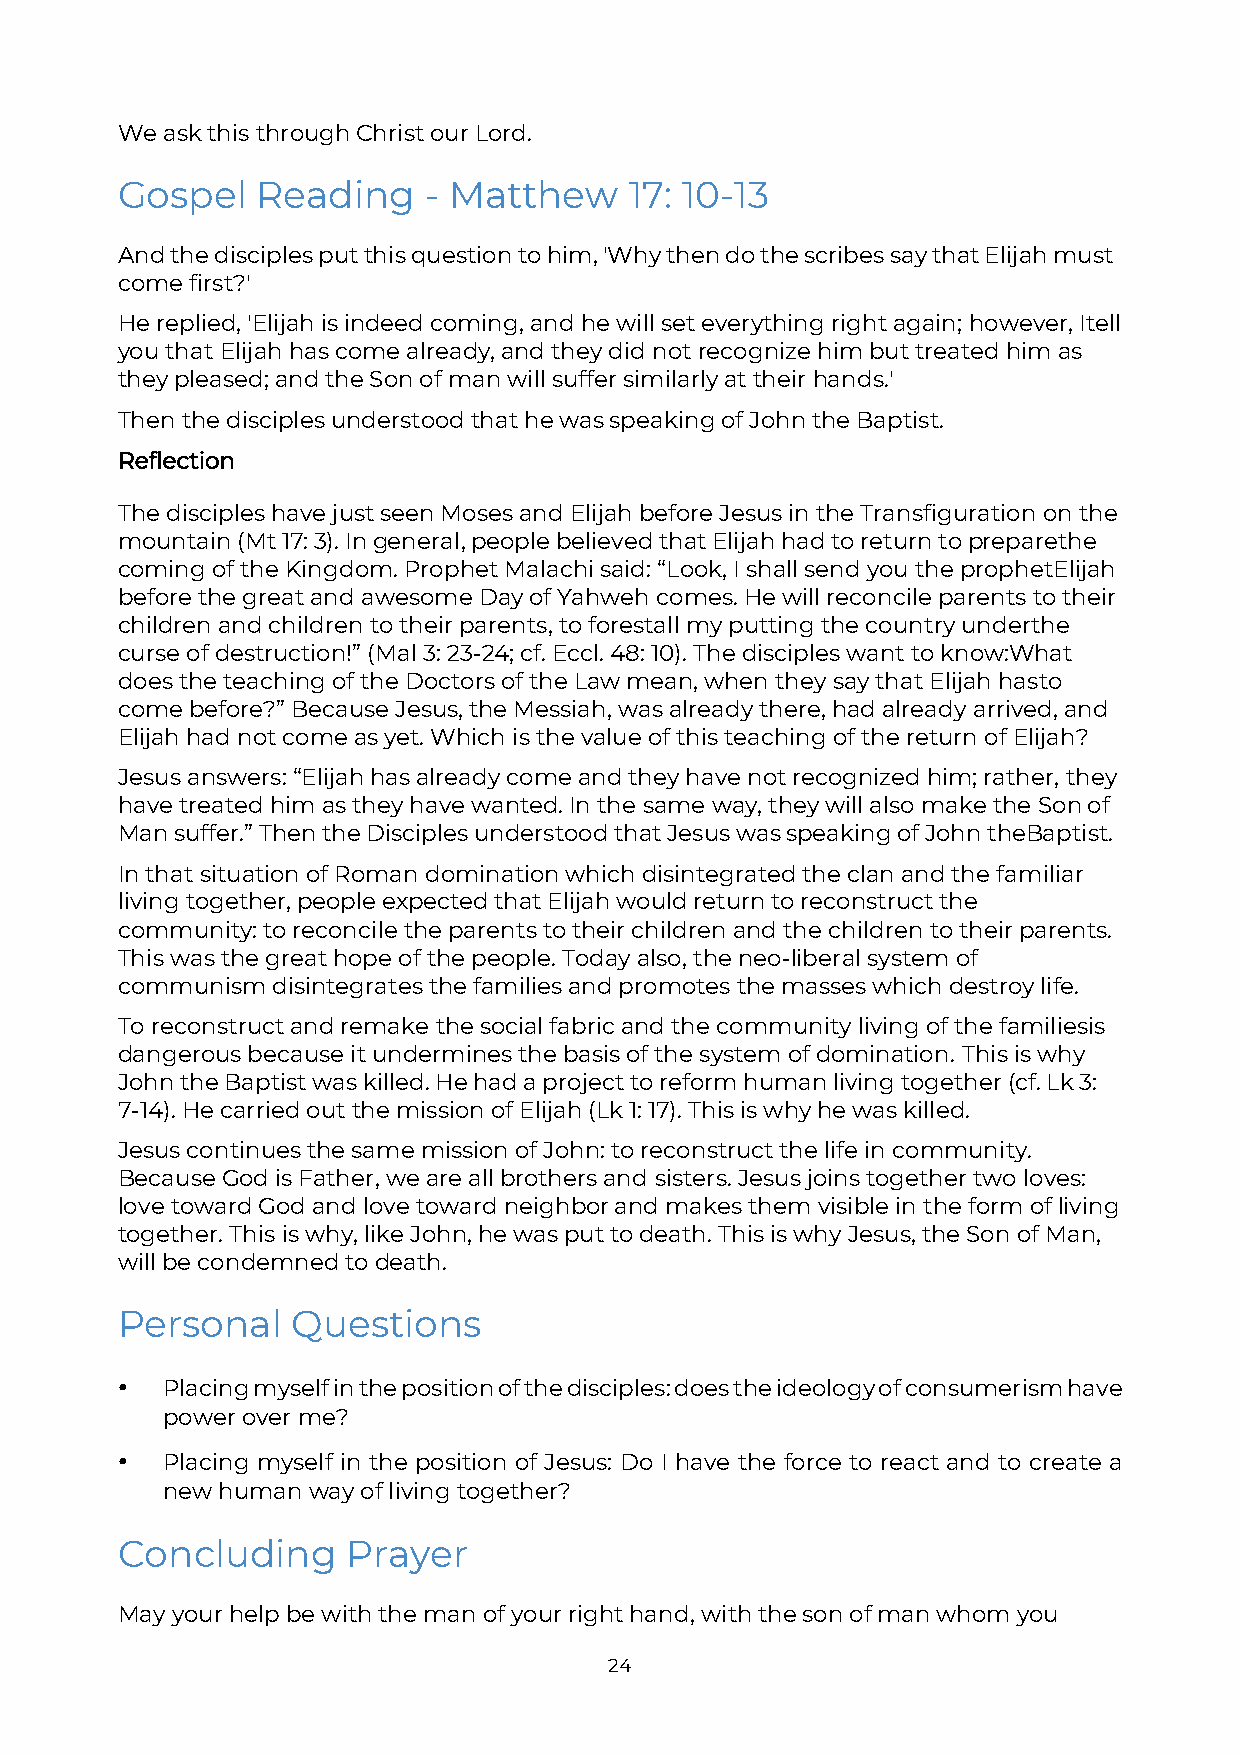
We ask this through Christ our Lord.
 Gospel   Reading    - Matthew     17: 10-13
 And the disciples put this question to him, 'Why then do the scribes say that Elijah must
 come first?'
 He replied, 'Elijah is indeed coming, and he will set everything right again; however, I tell
 you that Elijah has come already, and they did not recognize him but treated him as
 they pleased; and the Son of man will suffer similarly at their hands.'
 Then the disciples understood that he was speaking of John the Baptist.
 Reflection
 The disciples have just seen Moses and Elijah before Jesus in the Transfiguration on the
 mountain (Mt 17: 3). In general, people believed that Elijah had to return to prepare the
 coming of the Kingdom. Prophet Malachi said: “Look, I shall send you the prophet Elijah
 before the great and awesome Day of Yahweh comes. He will reconcile parents to their
 children and children to their parents, to forestall my putting the country under the
 curse of destruction!” (Mal 3: 23-24; cf. Eccl. 48: 10). The disciples want to know: What
 does the teaching of the Doctors of the Law mean, when they say that Elijah has to
 come before?” Because Jesus, the Messiah, was already there, had already arrived, and
 Elijah had not come as yet. Which is the value of this teaching of the return of Elijah?
 Jesus answers: “Elijah has already come and they have not recognized him; rather, they
 have treated him as they have wanted. In the same way, they will also make the Son of
 Man suffer.” Then the Disciples understood that Jesus was speaking of John the Baptist.
 In that situation of Roman domination which disintegrated the clan and the familiar
 living together, people expected that Elijah would return to reconstruct the
 community: to reconcile the parents to their children and the children to their parents.
 This was the great hope of the people. Today also, the neo-liberal system of
 communism disintegrates the families and promotes the masses which destroy life.
 To reconstruct and remake the social fabric and the community living of the families is
 dangerous because it undermines the basis of the system of domination. This is why
 John the Baptist was killed. He had a project to reform human living together (cf. Lk 3:
 7-14). He carried out the mission of Elijah (Lk 1: 17). This is why he was killed.
 Jesus continues the same mission of John: to reconstruct the life in community.
 Because God is Father, we are all brothers and sisters. Jesus joins together two loves:
 love toward God and love toward neighbor and makes them visible in the form of living
 together. This is why, like John, he was put to death. This is why Jesus, the Son of Man,
 will be condemned to death.
 Personal   Questions
 •  Placing myself in the position of the disciples: does the ideology of consumerism have
 power over me?
 •  Placing myself in the position of Jesus: Do I have the force to react and to create a
 new human way of living together?
 Concluding     Prayer
 May your help be with the man of your right hand, with the son of man whom you
 24